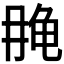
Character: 𱍄